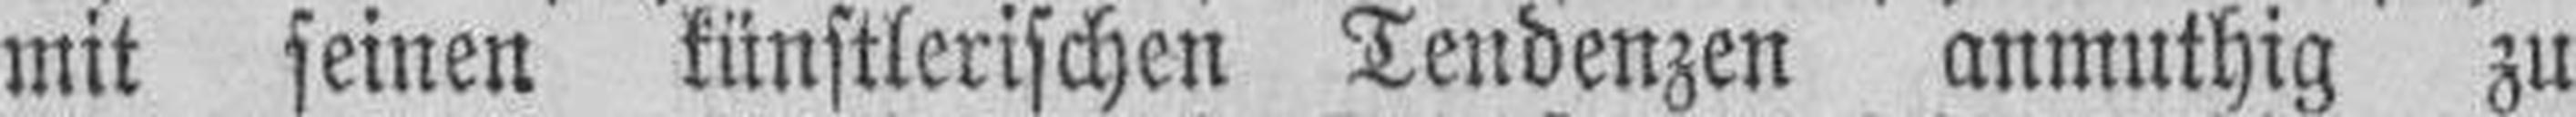
mit seinen künstlerischen Tendenzen anmuthig zu